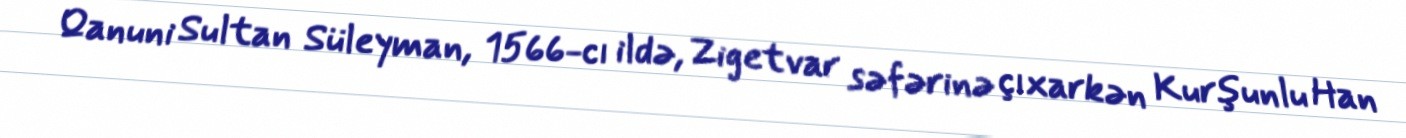
Qanuni Sultan Süleyman, 1566-cı ildə, Zigetvar səfərinə çıxarkən Kurşunlu Han